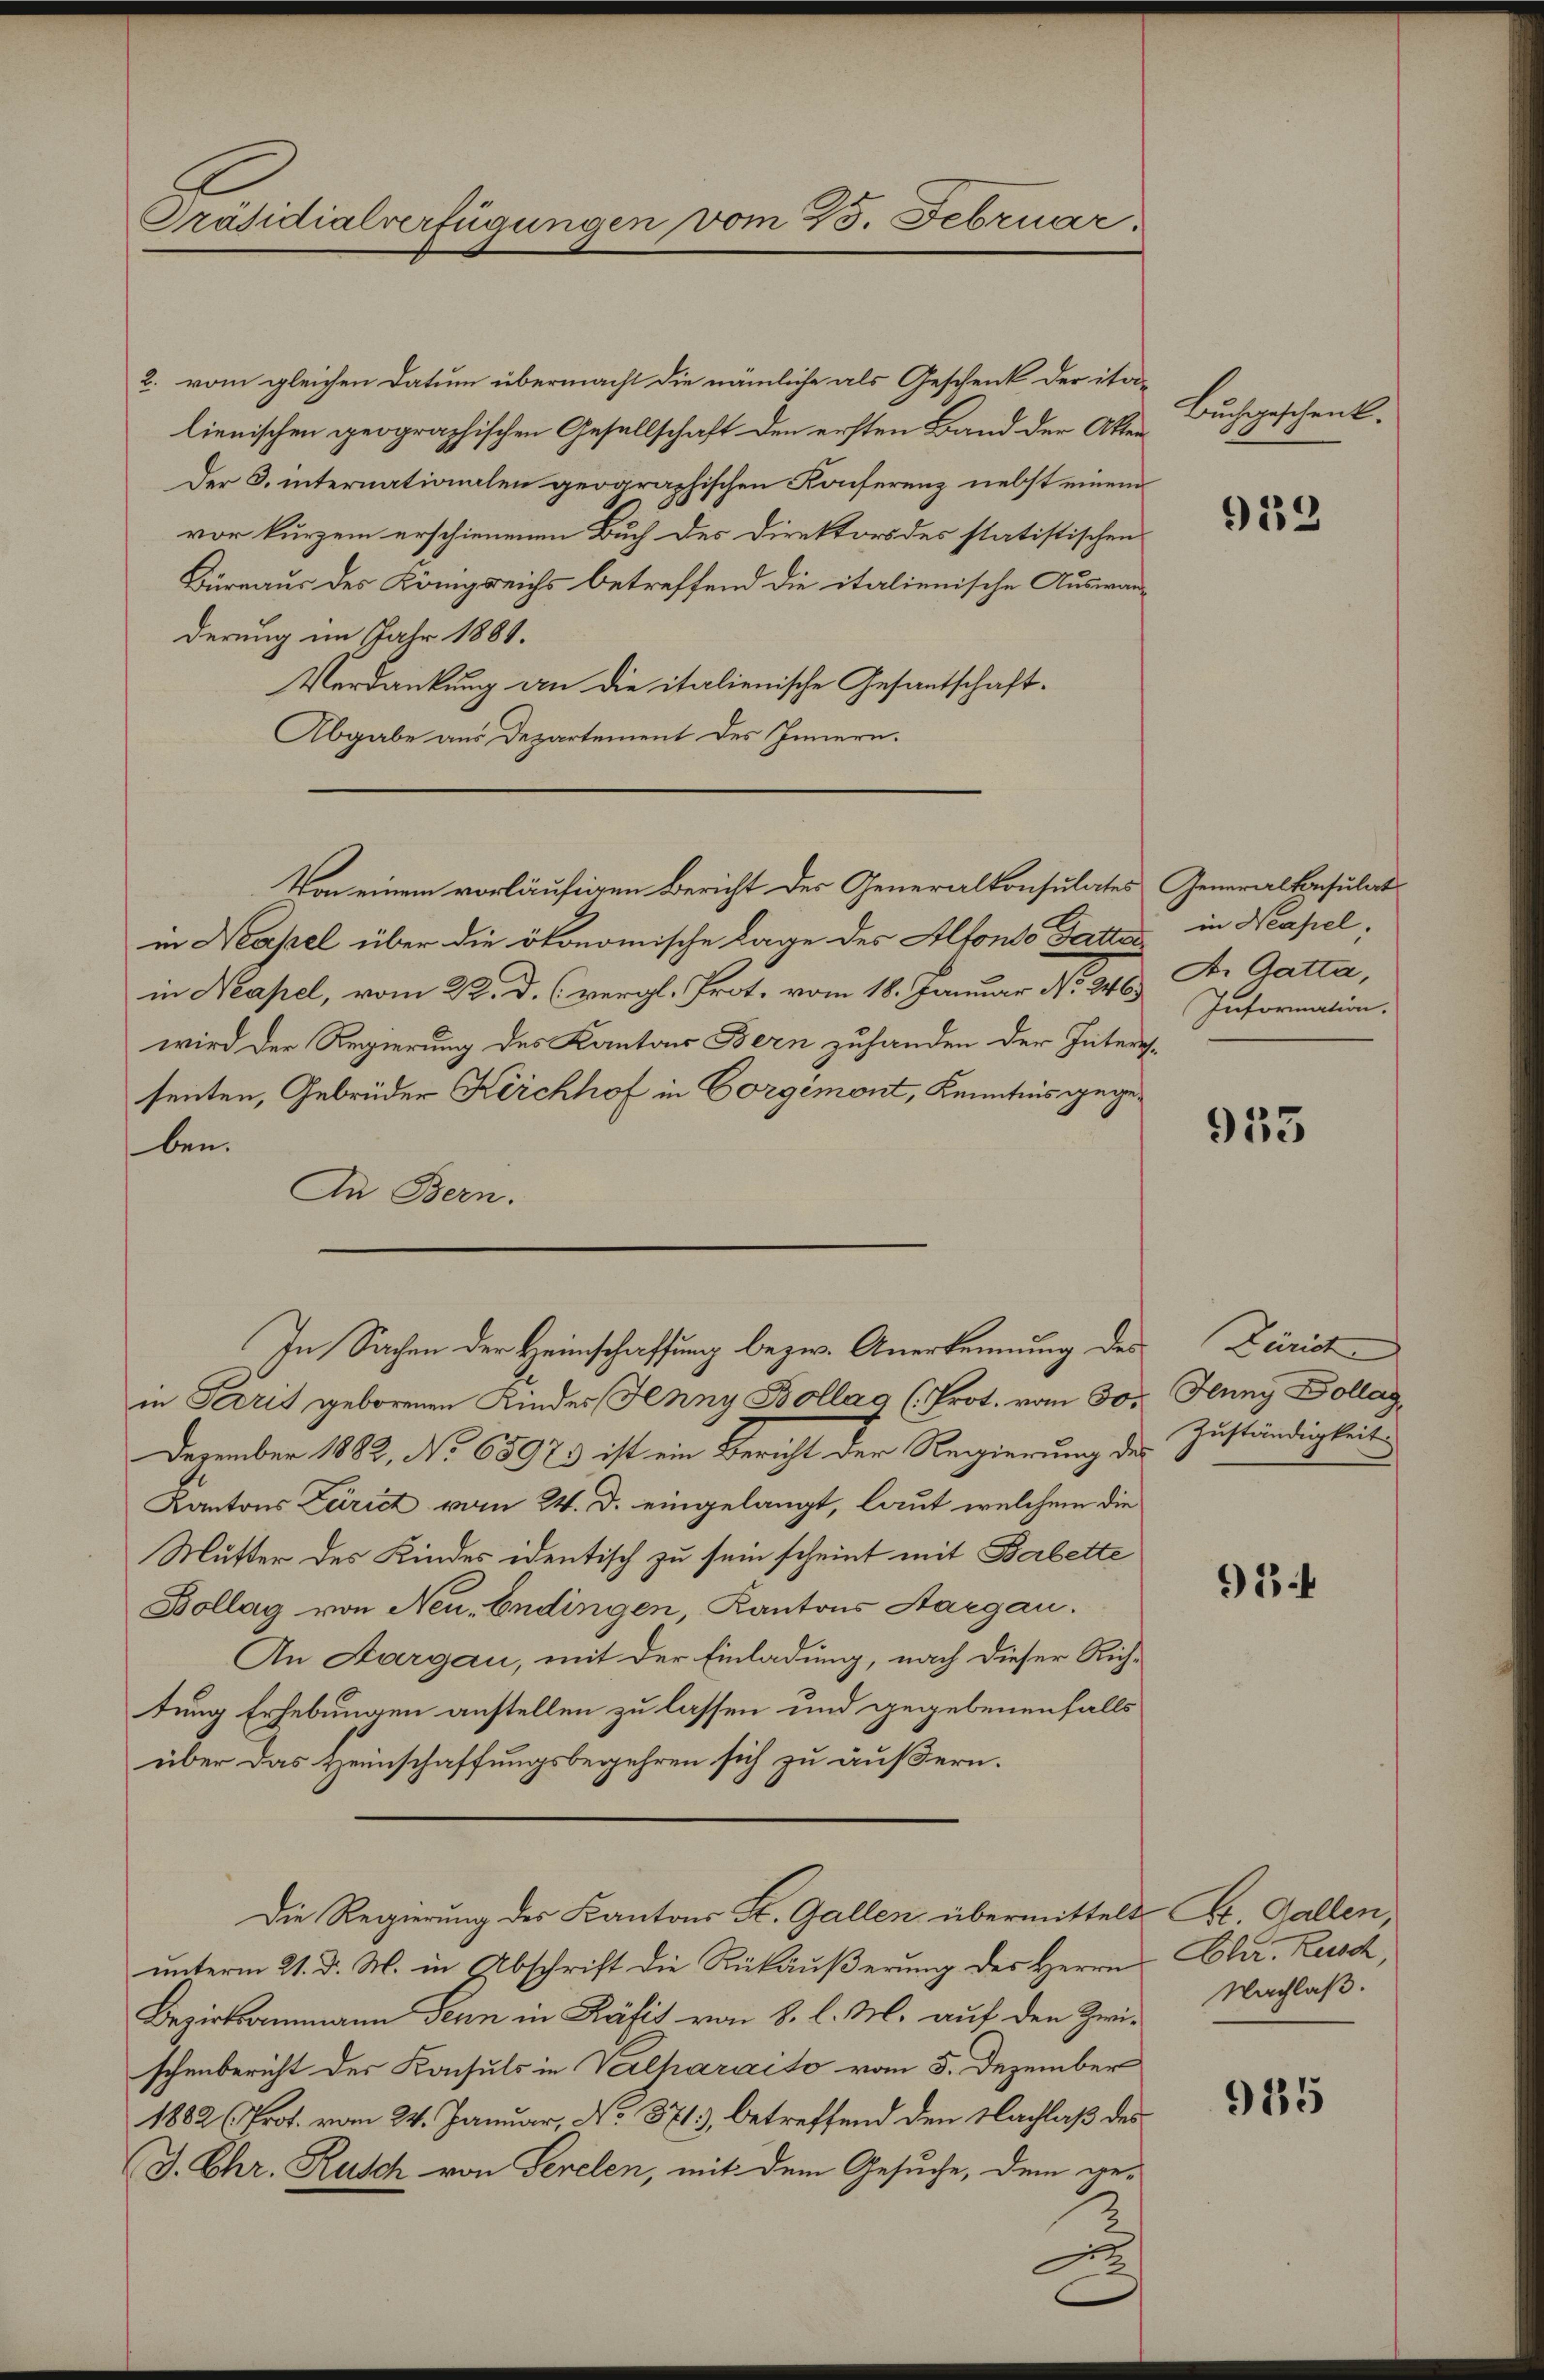
Präsidialverfügungen vom 25. Februar

2. vom gleichen Datum übermacht die nämliche als Geschenk der italienischen geographischen Gesellschaft den ersten Band der Akten
Der B. internationalen geographischen Konferenz nebst einem
vor kurzem erschienenen Buch des Direktors des statistischen
Durnaus des Königreichs betreffend die italienische Auswanderung im Jahr 1881.
Verdankung an die italienische Gesantschaft¬
Abgabe aus Departement des Innern.
in Hasel über die ökonomische Lage des Alfondo Gattes in Neapel,
in Neapel, vom 22. D. (vergl. Prot. vom 18. Januar No. 246. Information.
wird der Regierung des Kantons Bern zuhanden der Interessenten, Gebrüder Kirchhof in Corgémont, Kenntnis gegeben.
An Bern.
In Sachen der Heimschaffung bezw. Anerkennung des
in Paris geborenen Kinder Jenny Bollag (Prot. vom 30. Juny Dollag,
Dezember 1882, No 68973 ist ein Bericht der Regierung des
Kantons Zürich vom 24. d. eingelangt, laut welchem die
Mutter des Kindes identisch zu sein scheint mit Babette
Bollag von Neu-Endingen, Kantons Aargau.
An Aargau, mit der Einladung, nach dieser Richtung Erhebungen anstellen zu lassen und gegebenenfalls
über das Heimschaffungsbegehren sich zu äußern.
Die Regierung des Kantons St. Gallen übermittelt Dr. Gallen,
unterm 21. d. M. in Abschrift die Rükäußerung des Herrn Chr. Zusch,
Bezirksammann Senn in Käfis von 8. l. M. auf den Zwis Nachlaß.
schenbericht des Konsuls in Verlharacto vom 5. Dezember
1882 (Prof. vom 24. Januar, No 8713, betreffend den Nachlaß des
(J. Chr. Rusch von Serelen, mit dem Gesuche, dem ge-

Von einem vorläufigen Bericht der Generalkonsulates Generalkonsulat

Buchgeschenk.

913

A. Gatta,

933

Zürich
Zuständigkeit

14

985